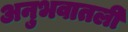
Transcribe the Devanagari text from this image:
अनुभवातली